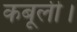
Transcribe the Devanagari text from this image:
कबूली।